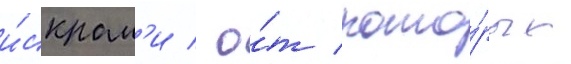
и́скрам'и / о́т кото́рых